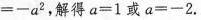
=-a^{2}，解得$$a=1$$或$$a=-2$$.